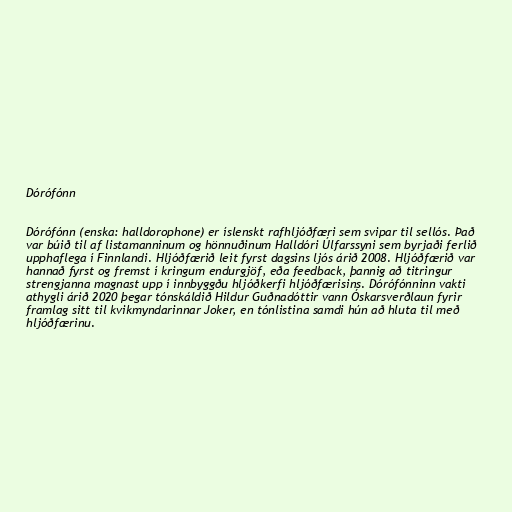
Dórófónn

Dórófónn (enska: halldorophone) er íslenskt rafhljóðfæri sem svipar til sellós. Það
var búið til af listamanninum og hönnuðinum Halldóri Úlfarssyni sem byrjaði ferlið
upphaflega í Finnlandi. Hljóðfærið leit fyrst dagsins ljós árið 2008. Hljóðfærið var
hannað fyrst og fremst í kringum endurgjöf, eða feedback, þannig að titringur
strengjanna magnast upp í innbyggðu hljóðkerfi hljóðfærisins. Dórófónninn vakti
athygli árið 2020 þegar tónskáldið Hildur Guðnadóttir vann Óskarsverðlaun fyrir
framlag sitt til kvikmyndarinnar Joker, en tónlistina samdi hún að hluta til með
hljóðfærinu.